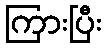
ကြားပြီး